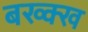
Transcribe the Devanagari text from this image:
बख्क्ख